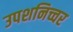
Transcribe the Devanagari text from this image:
उपशनिच्चर